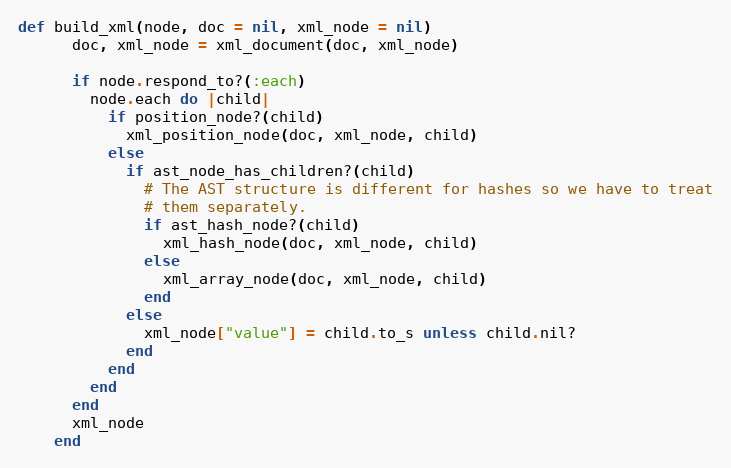
Language: Ruby
def build_xml(node, doc = nil, xml_node = nil)
      doc, xml_node = xml_document(doc, xml_node)

      if node.respond_to?(:each)
        node.each do |child|
          if position_node?(child)
            xml_position_node(doc, xml_node, child)
          else
            if ast_node_has_children?(child)
              # The AST structure is different for hashes so we have to treat
              # them separately.
              if ast_hash_node?(child)
                xml_hash_node(doc, xml_node, child)
              else
                xml_array_node(doc, xml_node, child)
              end
            else
              xml_node["value"] = child.to_s unless child.nil?
            end
          end
        end
      end
      xml_node
    end